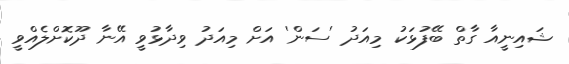
ޝައިނީއާ ގާތް ބޭފުޅަކު މިއަދު 'ސަން' އަށް މިއަދު ވިދާޅުވީ އޭނާ ދޫކޮށްލެއްވީ